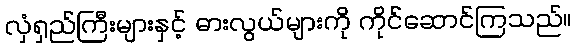
လှံရှည်ကြီးများနှင့် ဓားလွယ်များကို ကိုင်ဆောင်ကြသည်။